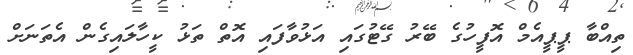
ތިއްބާ ޕީޕީއެމް އޮފީހުގެ ބޭރު ގޭޓުގައި އަޅުވާފައި އޮތް ތަޅު ކީހާލައިގެން އެތަނަށް